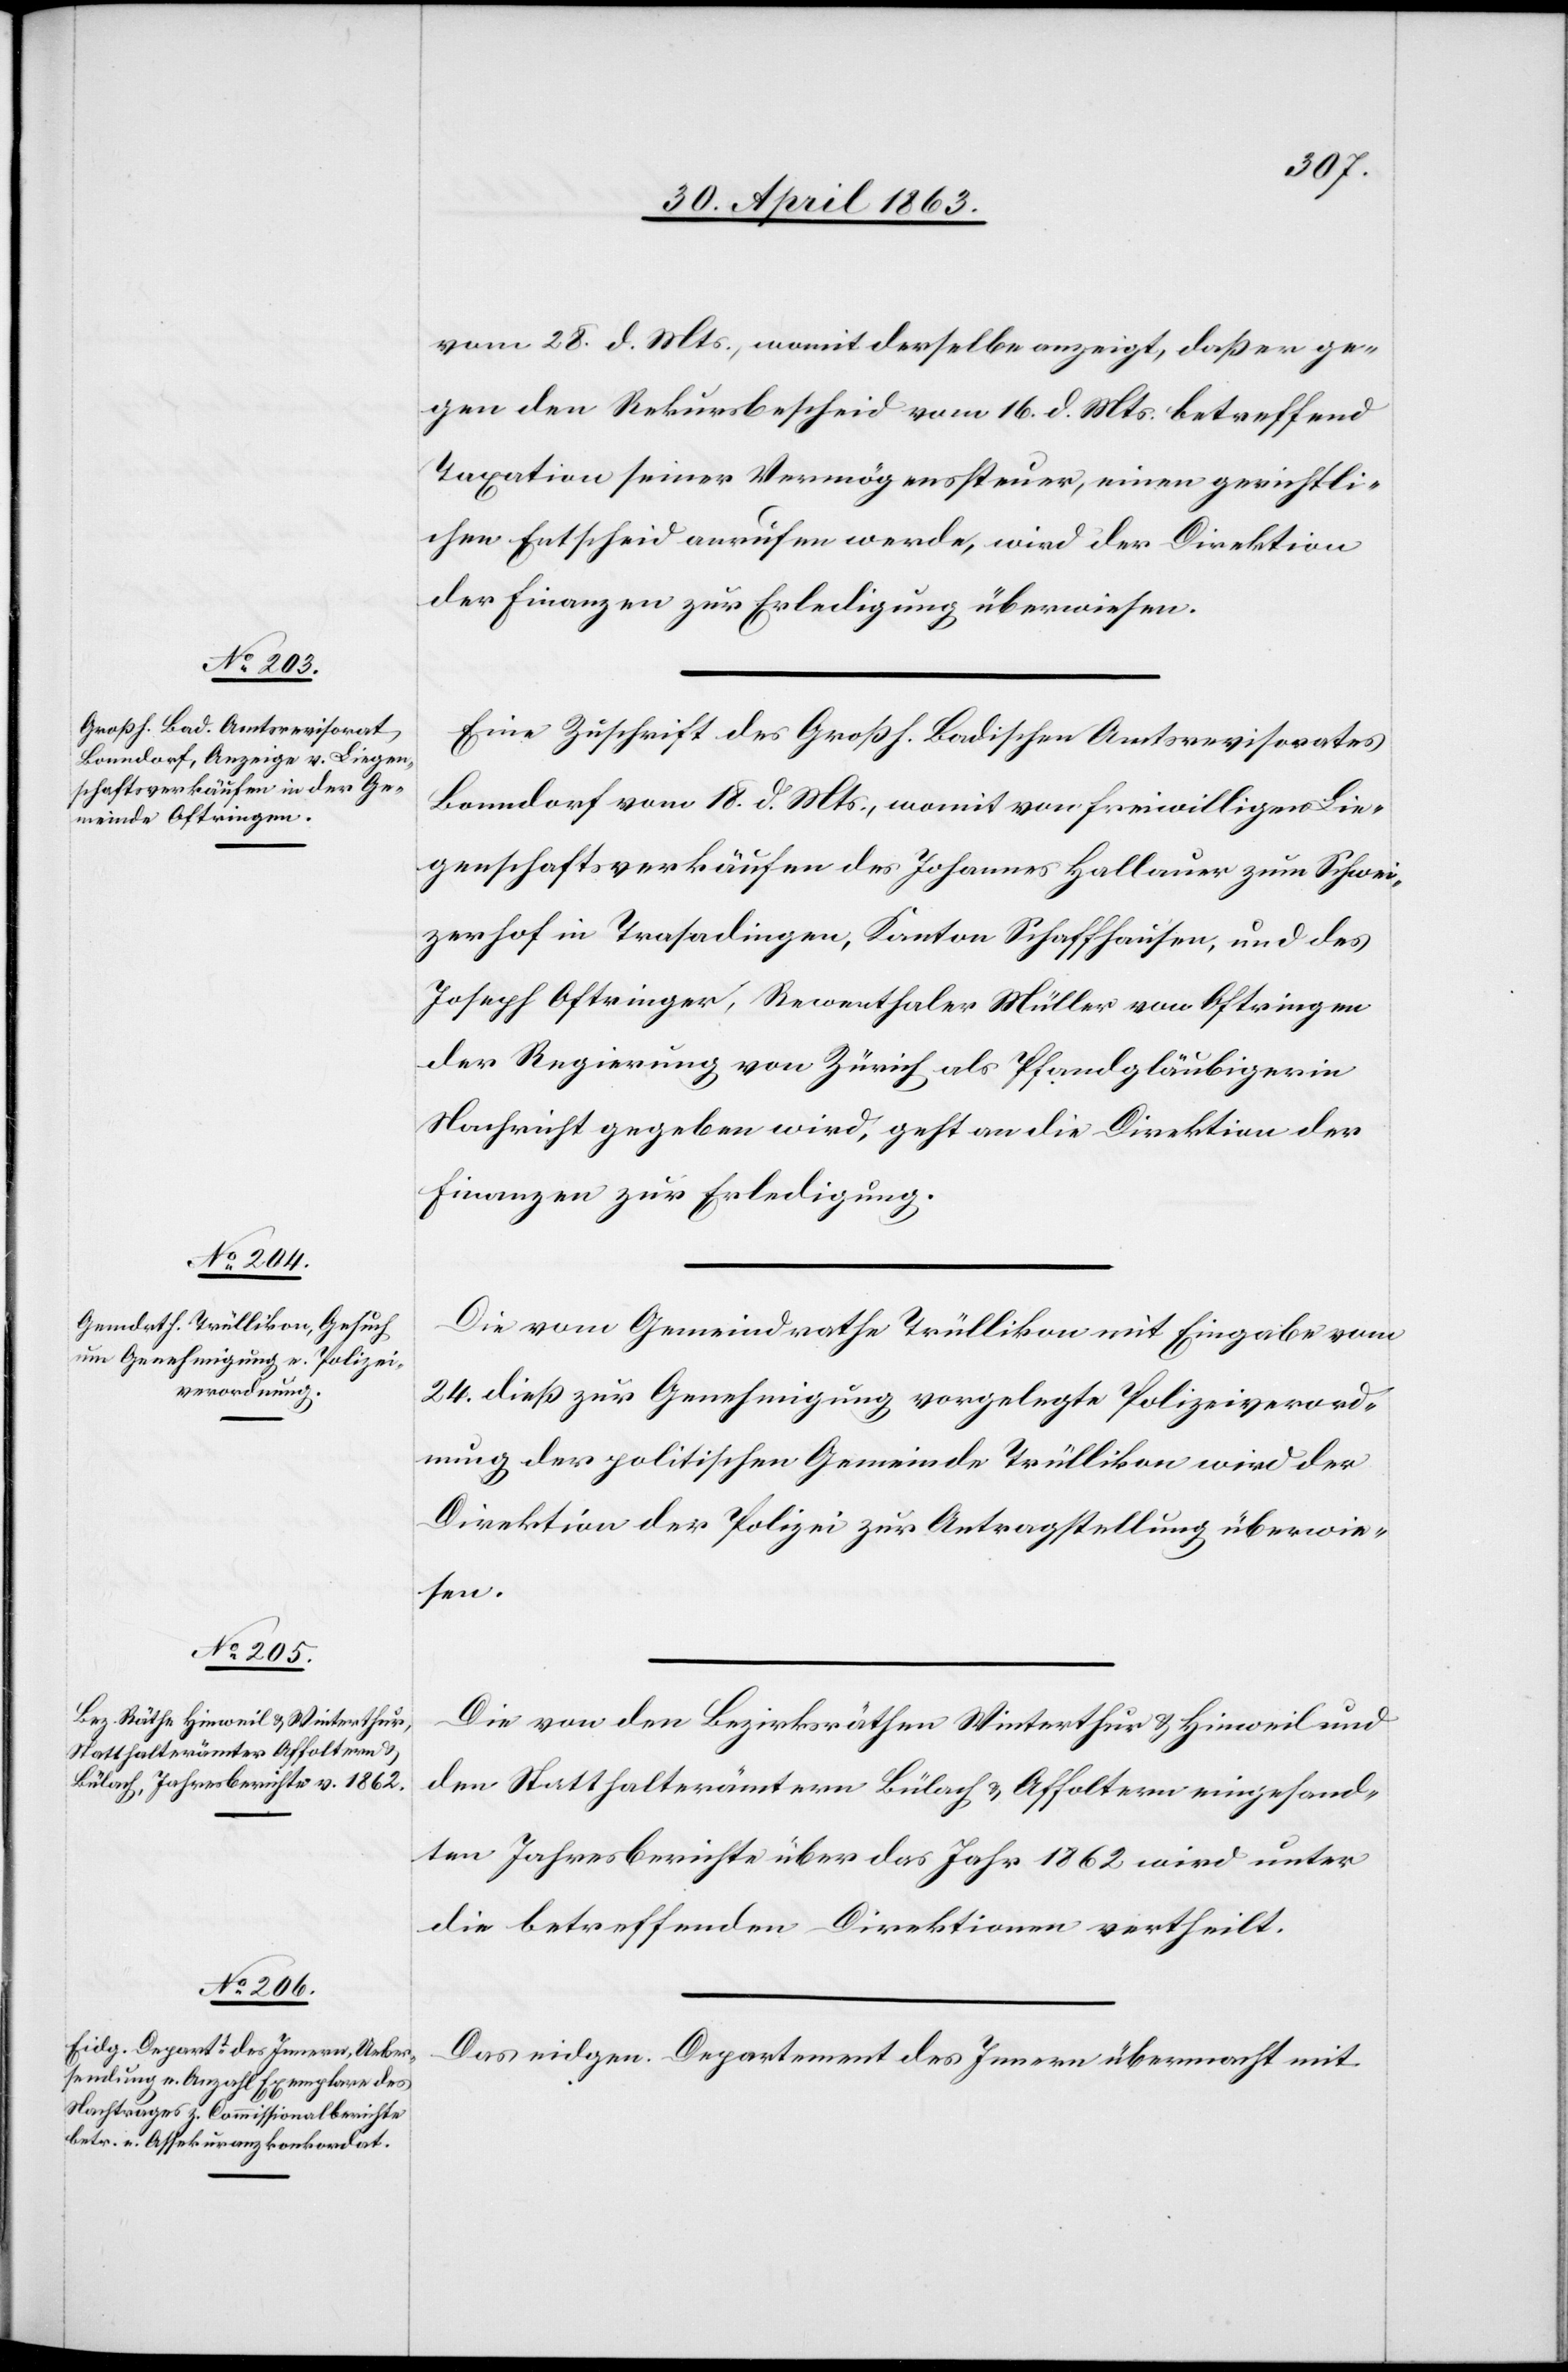
30. April 1863.]
vom 28. d. Mts., womit derselbe anzeigt, daß er ge¬
gen den Rekursbescheid vom 16. d. Mts. betreffend
Taxation seiner Vermögenssteuer, einen gerichtli¬
chen Entscheid anrufen werde, wird der Direktion
der Finanzen zur Erledigung überwiesen.
Eine Zuschrift des Großh. Badischen Amtsrevisorates
Bonndorf vom 18. d. Mts., womit von freiwilligen Lie¬
genschaftsverkäufen des Johannes Hallauer zum Schwei¬
zerhof in Trasadingen, Kanton Schaffhausen, und des
Joseph Oftringer, Rewenthaler Müller von Oftringen
der Regierung von Zürich als Pfandgläubigerin
Nachricht gegeben wird, geht an die Direktion der
Finanzen zur Erledigung.
Die vom Gemeindrathe Trüllikon mit Eingabe vom
24. dieß zur Genehmigung vorgelegte Polizeiverord¬
nung der politischen Gemeinde Trüllikon wird der
Direktion der Polizei zur Antragstellung überwie¬
sen.
Die von den Bezirksräthen Winterthur & Hinweil und
den Statthalterämtern Bülach & Affoltern eingesand¬
ten Jahresberichte über das Jahr 1862 wird [sic!] unter
die betreffenden Direktionen vertheilt.
Das eidgen. Departement des Innern übermacht mit